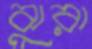
ঝুরা